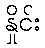
နှိုင်း